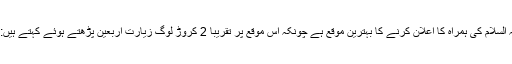
اربعین امام حسین علیہ السلام کی ہمراہ کا اعلان کرنے کا بہترین موقع ہے چونکہ اس موقع پر تقریباً 2 کروڑ لوگ زیارت اربعین پڑھتے ہوئے کہتے ہیں:’’ نُصْرَتِي لَكُمْ مُعَدَّة ‘‘۔